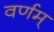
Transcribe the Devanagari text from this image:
वर्णम्